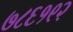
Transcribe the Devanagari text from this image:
७८६१९२